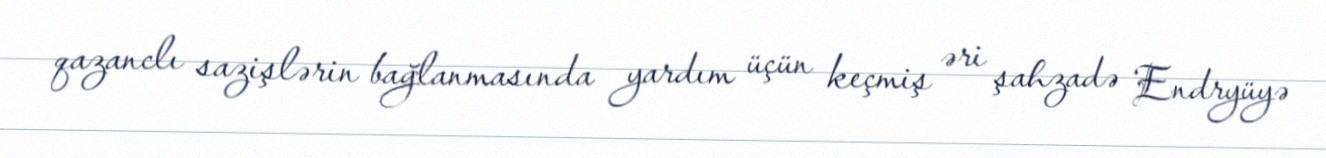
qazanclı sazişlərin bağlanmasında yardım üçün keçmiş əri şahzadə Endryüyə